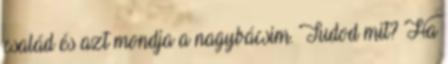
család és azt mondja a nagybácsim. Tudod mit? Ha